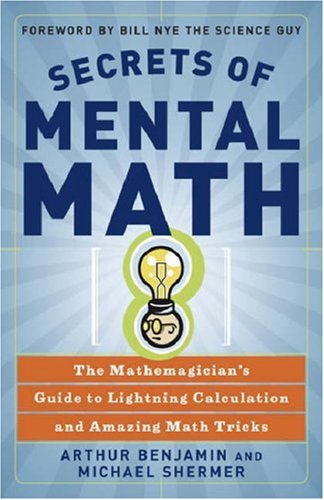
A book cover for Secrets of Mental Math: The Mathemagician's Guide to Lightning Calculation and Amazing Math Tricks; Arthur Benjamin; Science & Math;